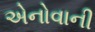
એનોવાની